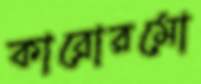
কারোরমো